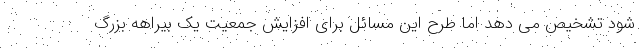
شود تشخیص می دهد اما طرح این مسائل برای افزایش جمعیت یک بیراهه بزرگ